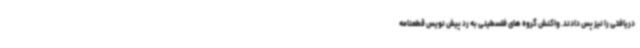
دریافتی را نیز پس دادند. واکنش گروه های فلسطینی به رد پیش نویس قطعنامه